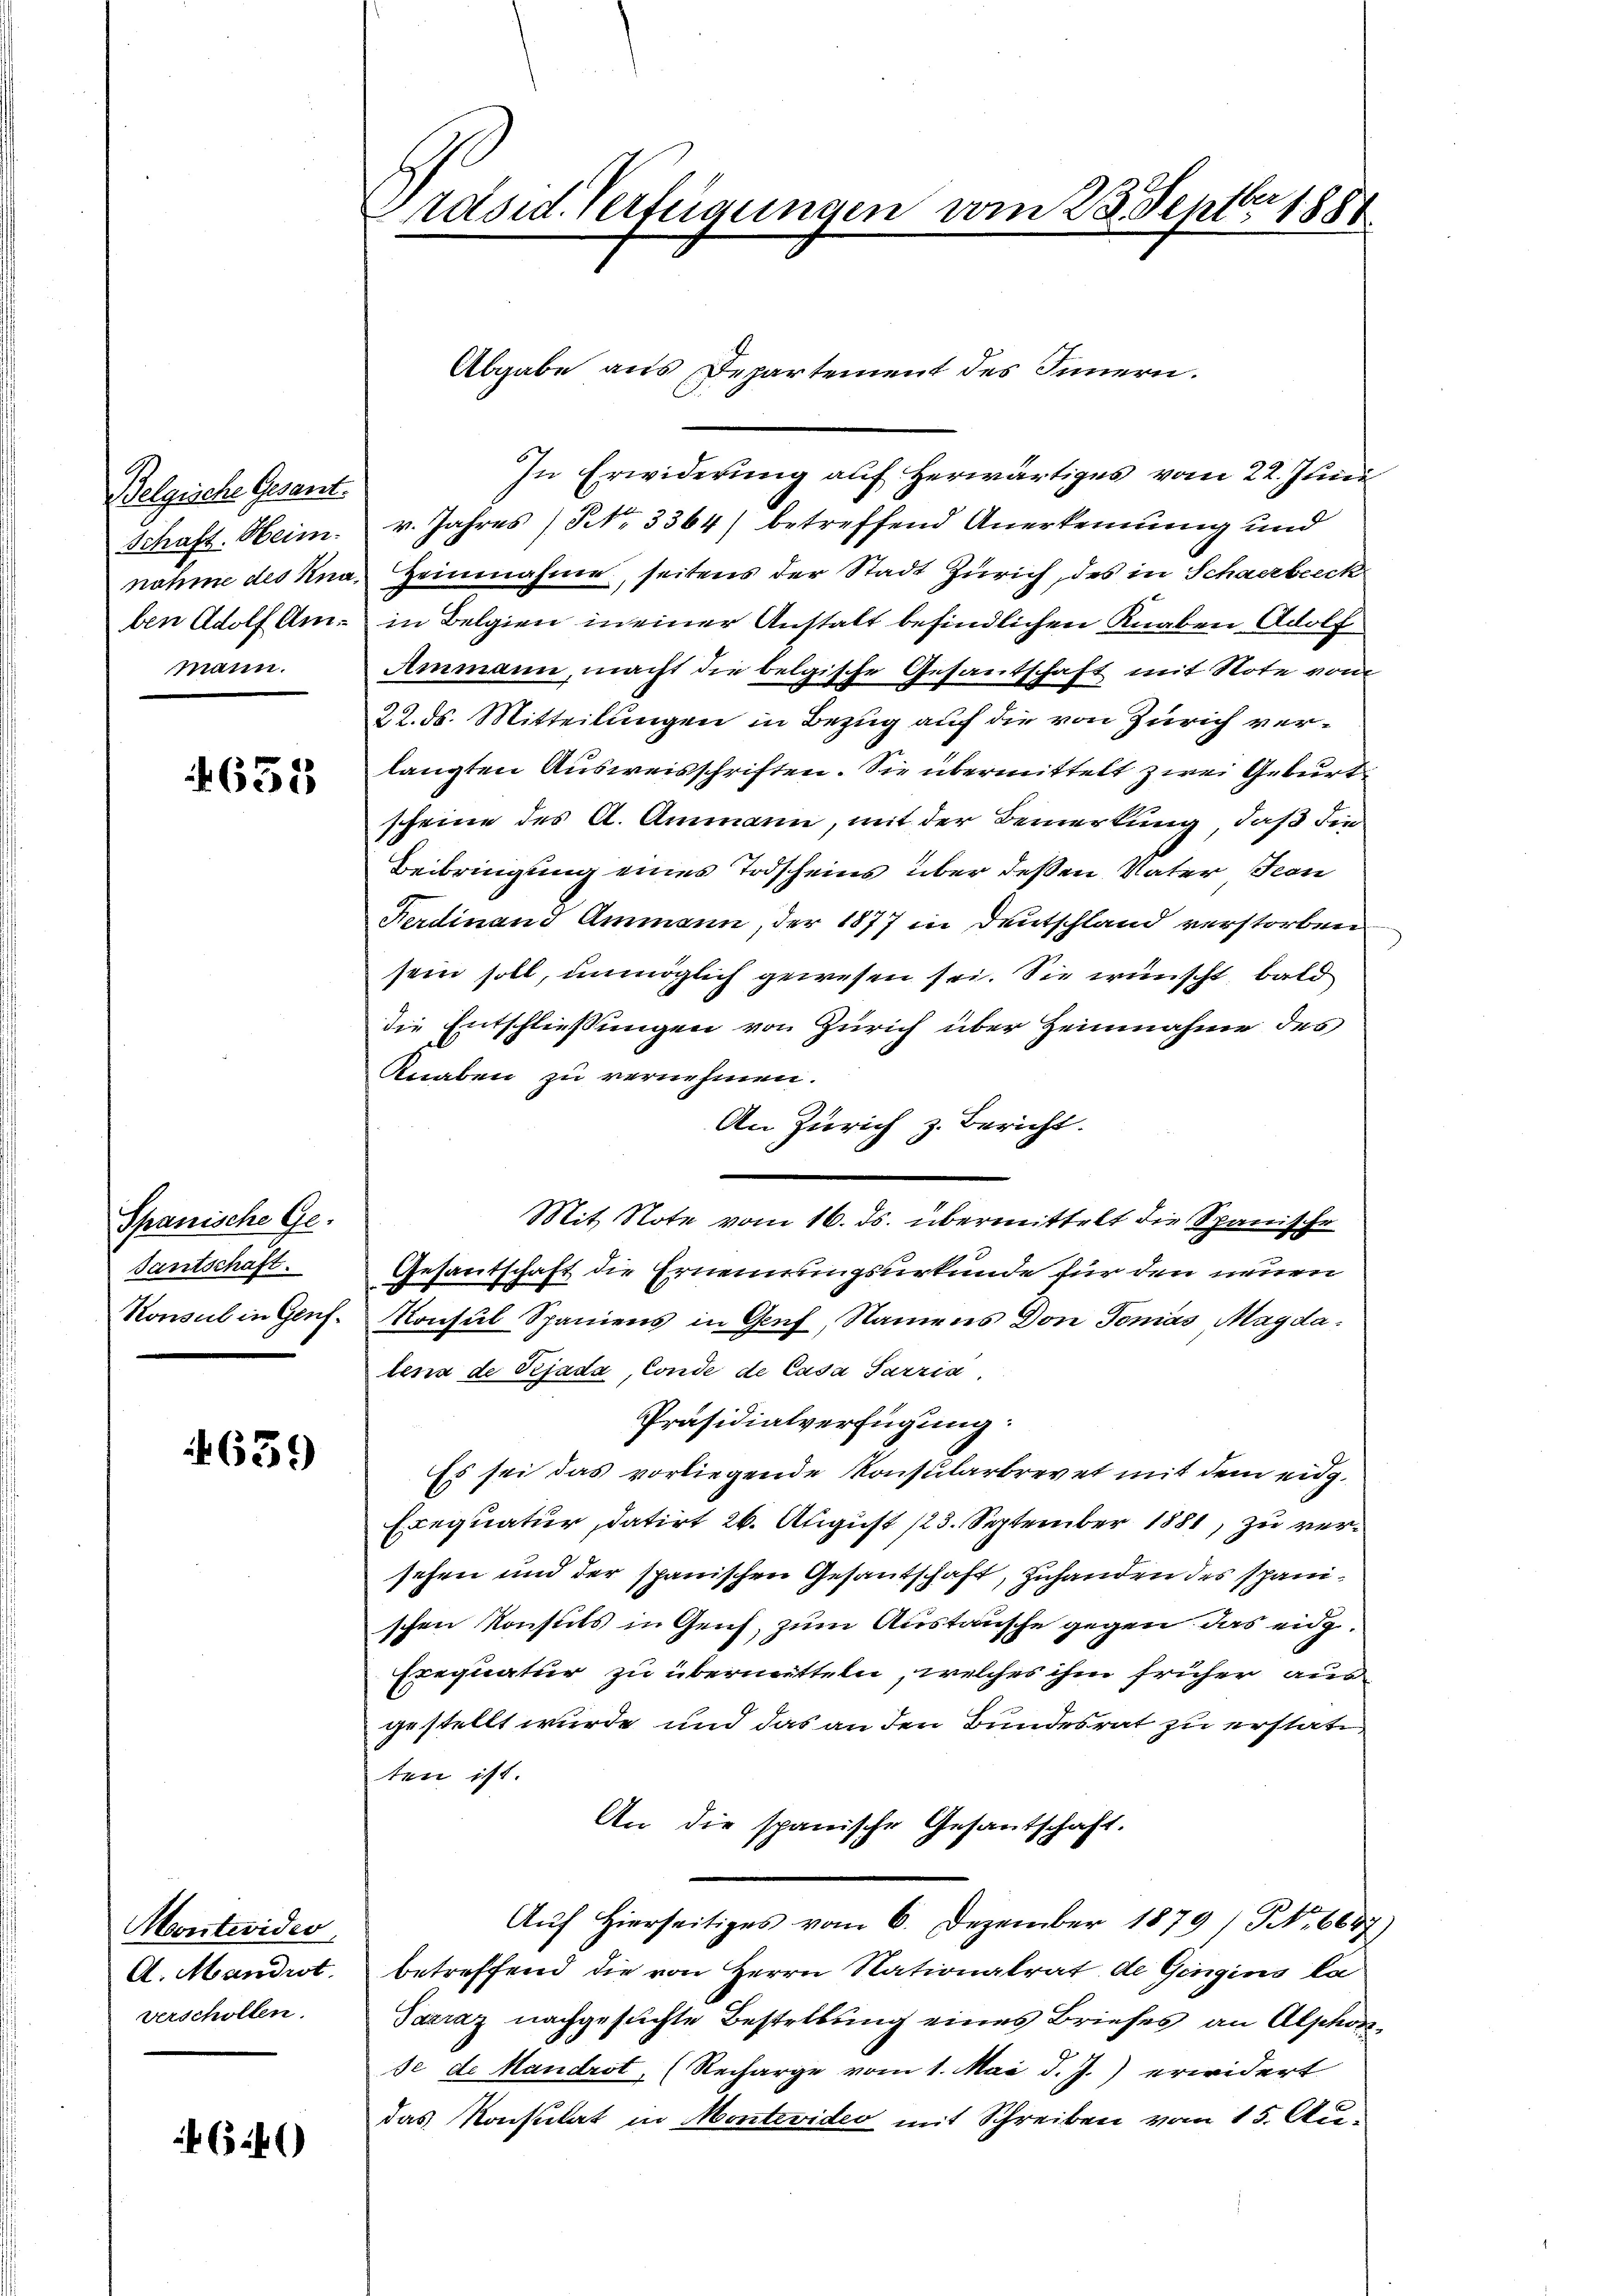
Belgriche Gesant.
Schaft. Heim.
nahme des Knamann.

4655

Spanische Ge-
santschaft.
Konsul in Genf¬

639

Montevideo
A. Mandrot.
verschollen.

6546)

Präsid. Verfügungen vom 23. Septbr 1880

In Erwiderung auf herwärtiges vom 22. Juni

v. Jahres (Frk. 3364) betreffend Anerkennung und
Heinnahme, seitens der Stadt Zürich, des in Schwerbeeck
ben Adolf Am- in Belgien in einer Anstalt befindlichen Knaben Adolf
Ammann, macht die belgische Gesantschaft mit Note vom
22. ds. Mitteilungen in Bezug auf die von Zürich verlangten Ausweisschriften. Sie übermittelt zwei Geburt
scheine des A. Ammann, mit der Bemerkung, daß den
Beibringung eines Todscheins über deßen Vater Fon
Ferdinand Ammann, der 1877 in Deutschland verstorben
sein soll, unmöglich gewesen sei. Sie wünscht, bald
die Entschließungen von Zürich über Heinnahme des
Knaben zu vernehmen.
An Zürich z. Bericht.
Mit Note vom 16. ds. übermittelt die Spanische
Gesandschaft die Ernennungsurkunde für den neuen
Konsul Spaniens in Genf, Namens Don Jonas Magda
lena de Pejada, Conde de Casa Parzia
Präsidialverfügung:
Es sei das vorliegende Konsularbrevet mit dem eidg.
Exequatur, datirt 26. August 13. September 1881, zu versehen und der spanischen Gesandschaft, Zuhanden des spanischen Konsuls in Geif, zum Austausche gegen das eidg¬
Frequatur zu übermitteln, welches ihm früher ausgestellt wurde und das an den Bundesrat zu erstate
ten ist.
An die spanische Gesantschaft.
Aŭf Hierseitiges vom 6. Dezember 1879 / NNo. 668)
betreffend die von Herrn Nationalrat de Gingins la
Sacraz nachgesuchte Bestellung eines Briefes an Alphor
se de Mandrot, (Recharge vom 1. Mai d. J.) erwidert
das Konsulat in Montevideo mit Schreiben vom 15. Au¬

Abgabe aus Departement des Innern.

f